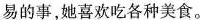
易的事，她喜欢吃各种美食。